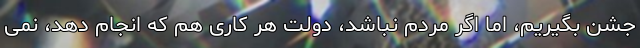
جشن بگیریم، اما اگر مردم نباشد، دولت هر کاری هم که انجام دهد، نمی